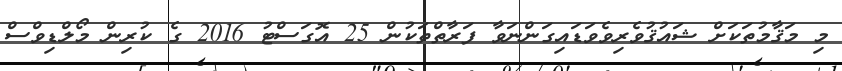
މި މަޤާމުތަކަށް ޝައުޤުވެރިވެވަޑައިގަންނަވާ ފަރާތްތަކުން 25 އޮގަސްޓު 2016 ގެ ކުރިން މޯލްޑިވްސް